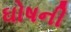
ઘોષની